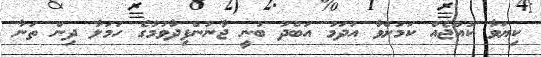
ކިޔަވާ ކުއްޖެއް ކަމަށްވާ އަދަމު އަބްދު ބުނީ ޖާނުންފިދާވުމުގެ ހަމަލާ ދިން ތަނާ